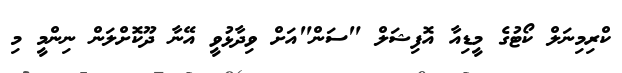
ކްރިމިނަލް ކޯޓުގެ މީޑިއާ އޮފިޝަލް "ސަން"އަށް ވިދާޅުވީ އޭނާ ދޫކޮށްލަން ނިންމީ މި